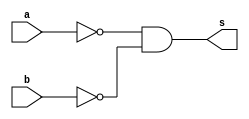
// -------------------------
// Exemplo0010 - nor de morgan
// Nome: TIAGO MATTA MACHADO ZAIDAN
// -------------------------
// -------------------------
// -- nor gate
// -------------------------
module norgate ( output s,
input a, b);
assign s = (~a & ~b);
endmodule // norgate
// ---------------------
// -- test nor gate
// ---------------------
module testnorgate;
// ------------------------- dados locais
reg a, b; // definir registradores
wire s; // definir conexao (fio)
// ------------------------- instancia
norgate NOR1 (s, a, b);
// ------------------------- preparacao
initial begin:start
// atribuicao simultanea
// dos valores iniciais
a=0; b=0;
end
// ------------------------- parte principal
initial begin
$display("Exemplo0010 - TIAGO MATTA MACHADO ZAIDAN - 451620");
$display("Test NOR gate de morgan");
$display("\n~a & ~b = s\n");
a=0; b=0;
//execuo permanente
$monitor("~%b & ~%b = %b", a, b, s);
#1 a=0; b=1;
#1 a=1; b=0;
#1 a=1; b=1;
end
endmodule // testnorgate